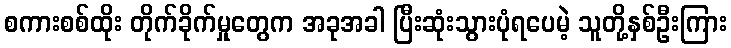
စကားစစ်ထိုး တိုက်ခိုက်မှုတွေက အခုအခါ ပြီးဆုံးသွားပုံရပေမဲ့ သူတို့နှစ်ဦးကြား